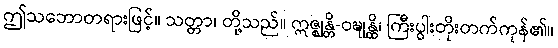
ဤသဘောတရားဖြင့်။ သတ္တာ၊ တို့သည်။ ဣဇ္ဈန္တိ-ဝဍ္ဎုန္ထိ၊ ကြီးပွါးတိုးတက်ကုန်၏။